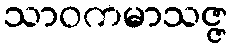
သာဝကမာသဇ္ဇ